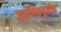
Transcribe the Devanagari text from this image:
जाणिवपूर्वक